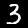
Digit: 3